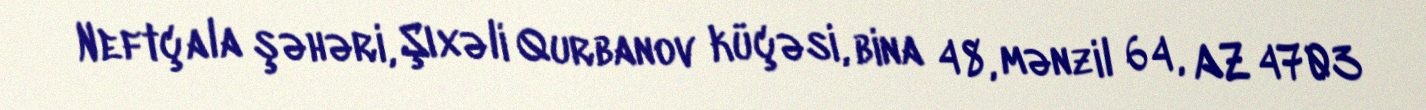
Neftçala şəhəri, Şıxəli Qurbanov küçəsi, bina 48, mənzil 64, AZ 4703